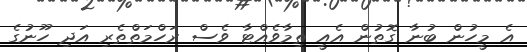
އެ މީހުން ބުނާ ގޮތުން އެއީ ތިމާވެއްޓާ ވެސް ރަހްމަތްތެރި އަދި ހޫނުގެ